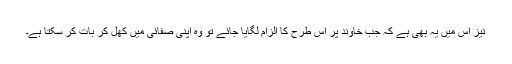
نیز اس میں یہ بھی ہے کہ جب خاوند پر اس طرح کا الزام لگایا جائے تو وہ اپنی صفائی میں کھل کر بات کر سکتا ہے۔